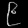
Digit: ၉